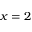
x = 2